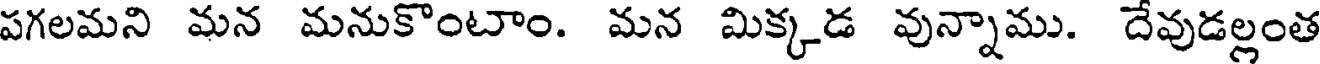
పగలమని మన మనుకొంటాం. మన మిక్కడ వున్నాము. దేవుడల్లంత